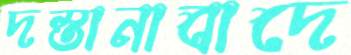
দস্তানাবাদে